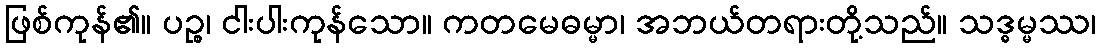
ဖြစ်ကုန်၏။ ပဉ္စ၊ ငါးပါးကုန်သော။ ကတမေဓမ္မာ၊ အဘယ်တရားတို့သည်။ သဒ္ဓမ္မဿ၊